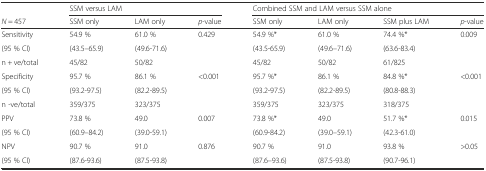
|  | <COLSPAN=3> SSM versus LAM | <COLSPAN=4> Combined SSM and LAM versus SSM alone |
 | N = 457 | SSM only | LAM only | p-value | SSM only | LAM only | SSM plus LAM | p-value |
 | --- | --- | --- | --- | --- | --- | --- | --- |
 | Sensitivity | 54.9 % | 61.0 % | 0.429 | 54.9 %* | 61.0 % | 74.4 %* | 0.009 |
 | (95 % CI) | (43.5–65.9) | (49.6-71.6) |  | (43.5-65.9) | (49.6–71.6) | (63.6-83.4) |  |
 | n + ve/total | 45/82 | 50/82 |  | 45/82 | 50/82 | 61/825 |  |
 | Specificity | 95.7 % | 86.1 % | <0.001 | 95.7 %* | 86.1 % | 84.8 %* | <0.001 |
 | (95 % CI) | (93.2-97.5) | (82.2-89.5) |  | (93.2-97.5) | (82.2-89.5) | (80.8-88.3) |  |
 | n -ve/total | 359/375 | 323/375 |  | 359/375 | 323/375 | 318/375 |  |
 | PPV | 73.8 % | 49.0 | 0.007 | 73.8 %* | 49.0 | 51.7 %* | 0.015 |
 | (95 % CI) | (60.9–84.2) | (39.0-59.1) |  | (60.9-84.2) | (39.0–59.1) | (42.3-61.0) |  |
 | NPV | 90.7 % | 91.0 | 0.876 | 90.7 % | 91.0 | 93.8 % | >0.05 |
 | (95 % CI) | (87.6-93.6) | (87.5-93.8) |  | (87.6–93.6) | (87.5-93.8) | (90.7-96.1) |  |